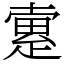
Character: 𤴡